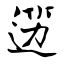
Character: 笾